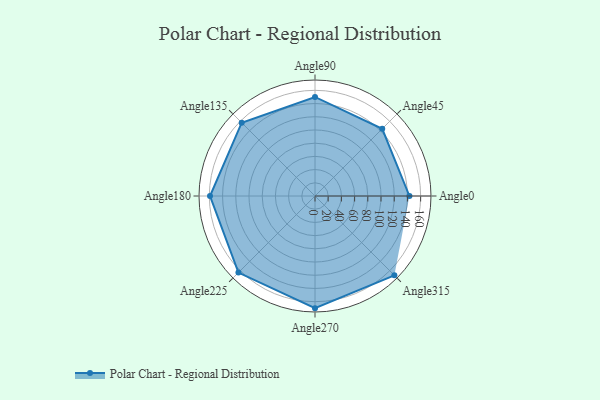
{"axis": {"x": "Angle", "y": "Radius"}, "legend": [""], "data": [{"x": "Angle0", "y": 143.0, "type": ""}, {"x": "Angle45", "y": 144.0, "type": ""}, {"x": "Angle90", "y": 150.0, "type": ""}, {"x": "Angle135", "y": 157.0, "type": ""}, {"x": "Angle180", "y": 159.0, "type": ""}, {"x": "Angle225", "y": 164.0, "type": ""}, {"x": "Angle270", "y": 170, "type": ""}, {"x": "Angle315", "y": 170, "type": ""}]}